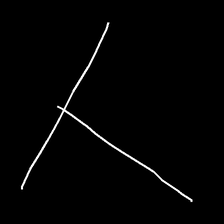
Glyph: column